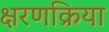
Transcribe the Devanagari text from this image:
क्षरणक्रिया